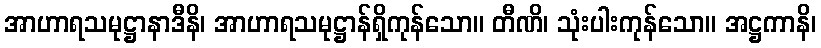
အာဟာရသမုဋ္ဌာနာဒီနိ၊ အာဟာရသမုဋ္ဌာန်ရှိကုန်သော။ တီဏိ၊ သုံးပါးကုန်သော။ အဋ္ဌကာနိ၊